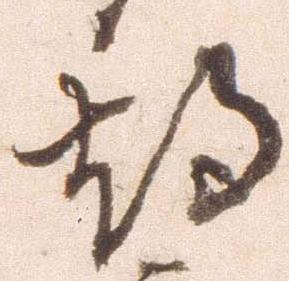
期